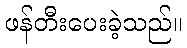
ဖန်တီးပေးခဲ့သည်။